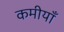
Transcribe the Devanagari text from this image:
कमीयाँ